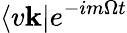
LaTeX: \langle v\mathbf{k}|e^{-im\Omega t}